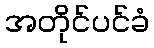
အတိုင်ပင်ခံ